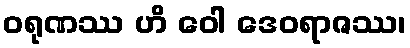
ဝရုဏဿ ဟိ ဝေါ ဒေဝရာဇဿ၊